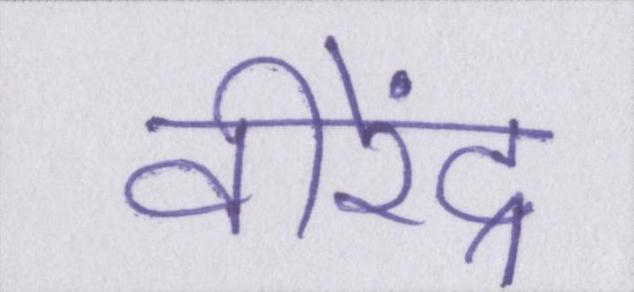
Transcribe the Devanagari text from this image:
वीरेंद्र